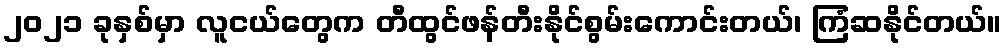
၂၀၂၁ ခုနှစ်မှာ လူငယ်တွေက တီထွင်ဖန်တီးနိုင်စွမ်းကောင်းတယ်၊ ကြံဆနိုင်တယ်။